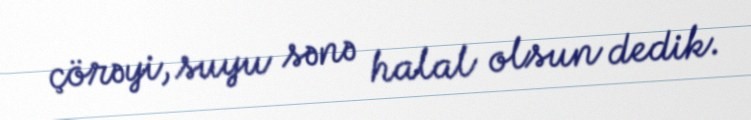
çörəyi, suyu sənə halal olsun dedik.